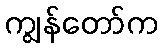
ကျွန်တော်က